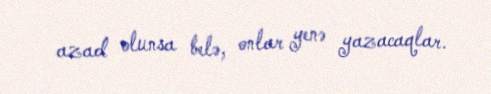
azad olunsa belə, onlar yenə yazacaqlar.